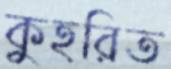
কুহরিত